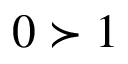
0 \succ 1